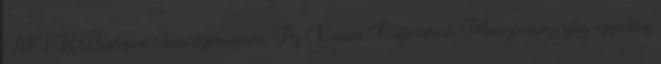
MTK Budapest labdarúgócsapata. Az Emberi Erőforrások Minisztériuma kész egyedileg